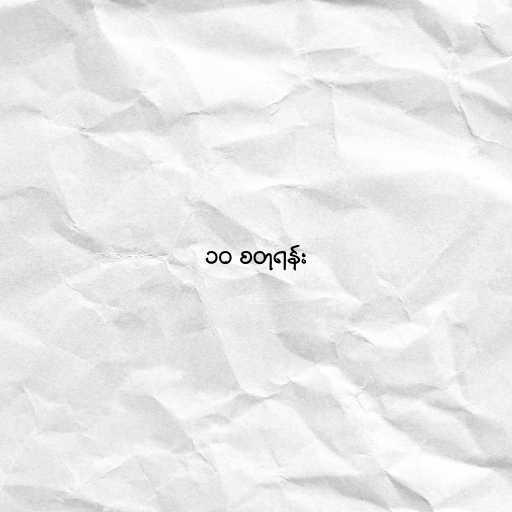
၁၀ စတုရန်း